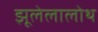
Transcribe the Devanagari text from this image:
झूलेलालोथ